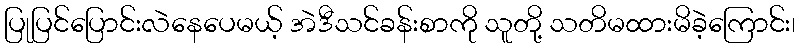
ပြုပြင်ပြောင်းလဲနေပေမယ့် အဲဒီသင်ခန်းစာကို သူတို့ သတိမထားမိခဲ့ကြောင်း၊